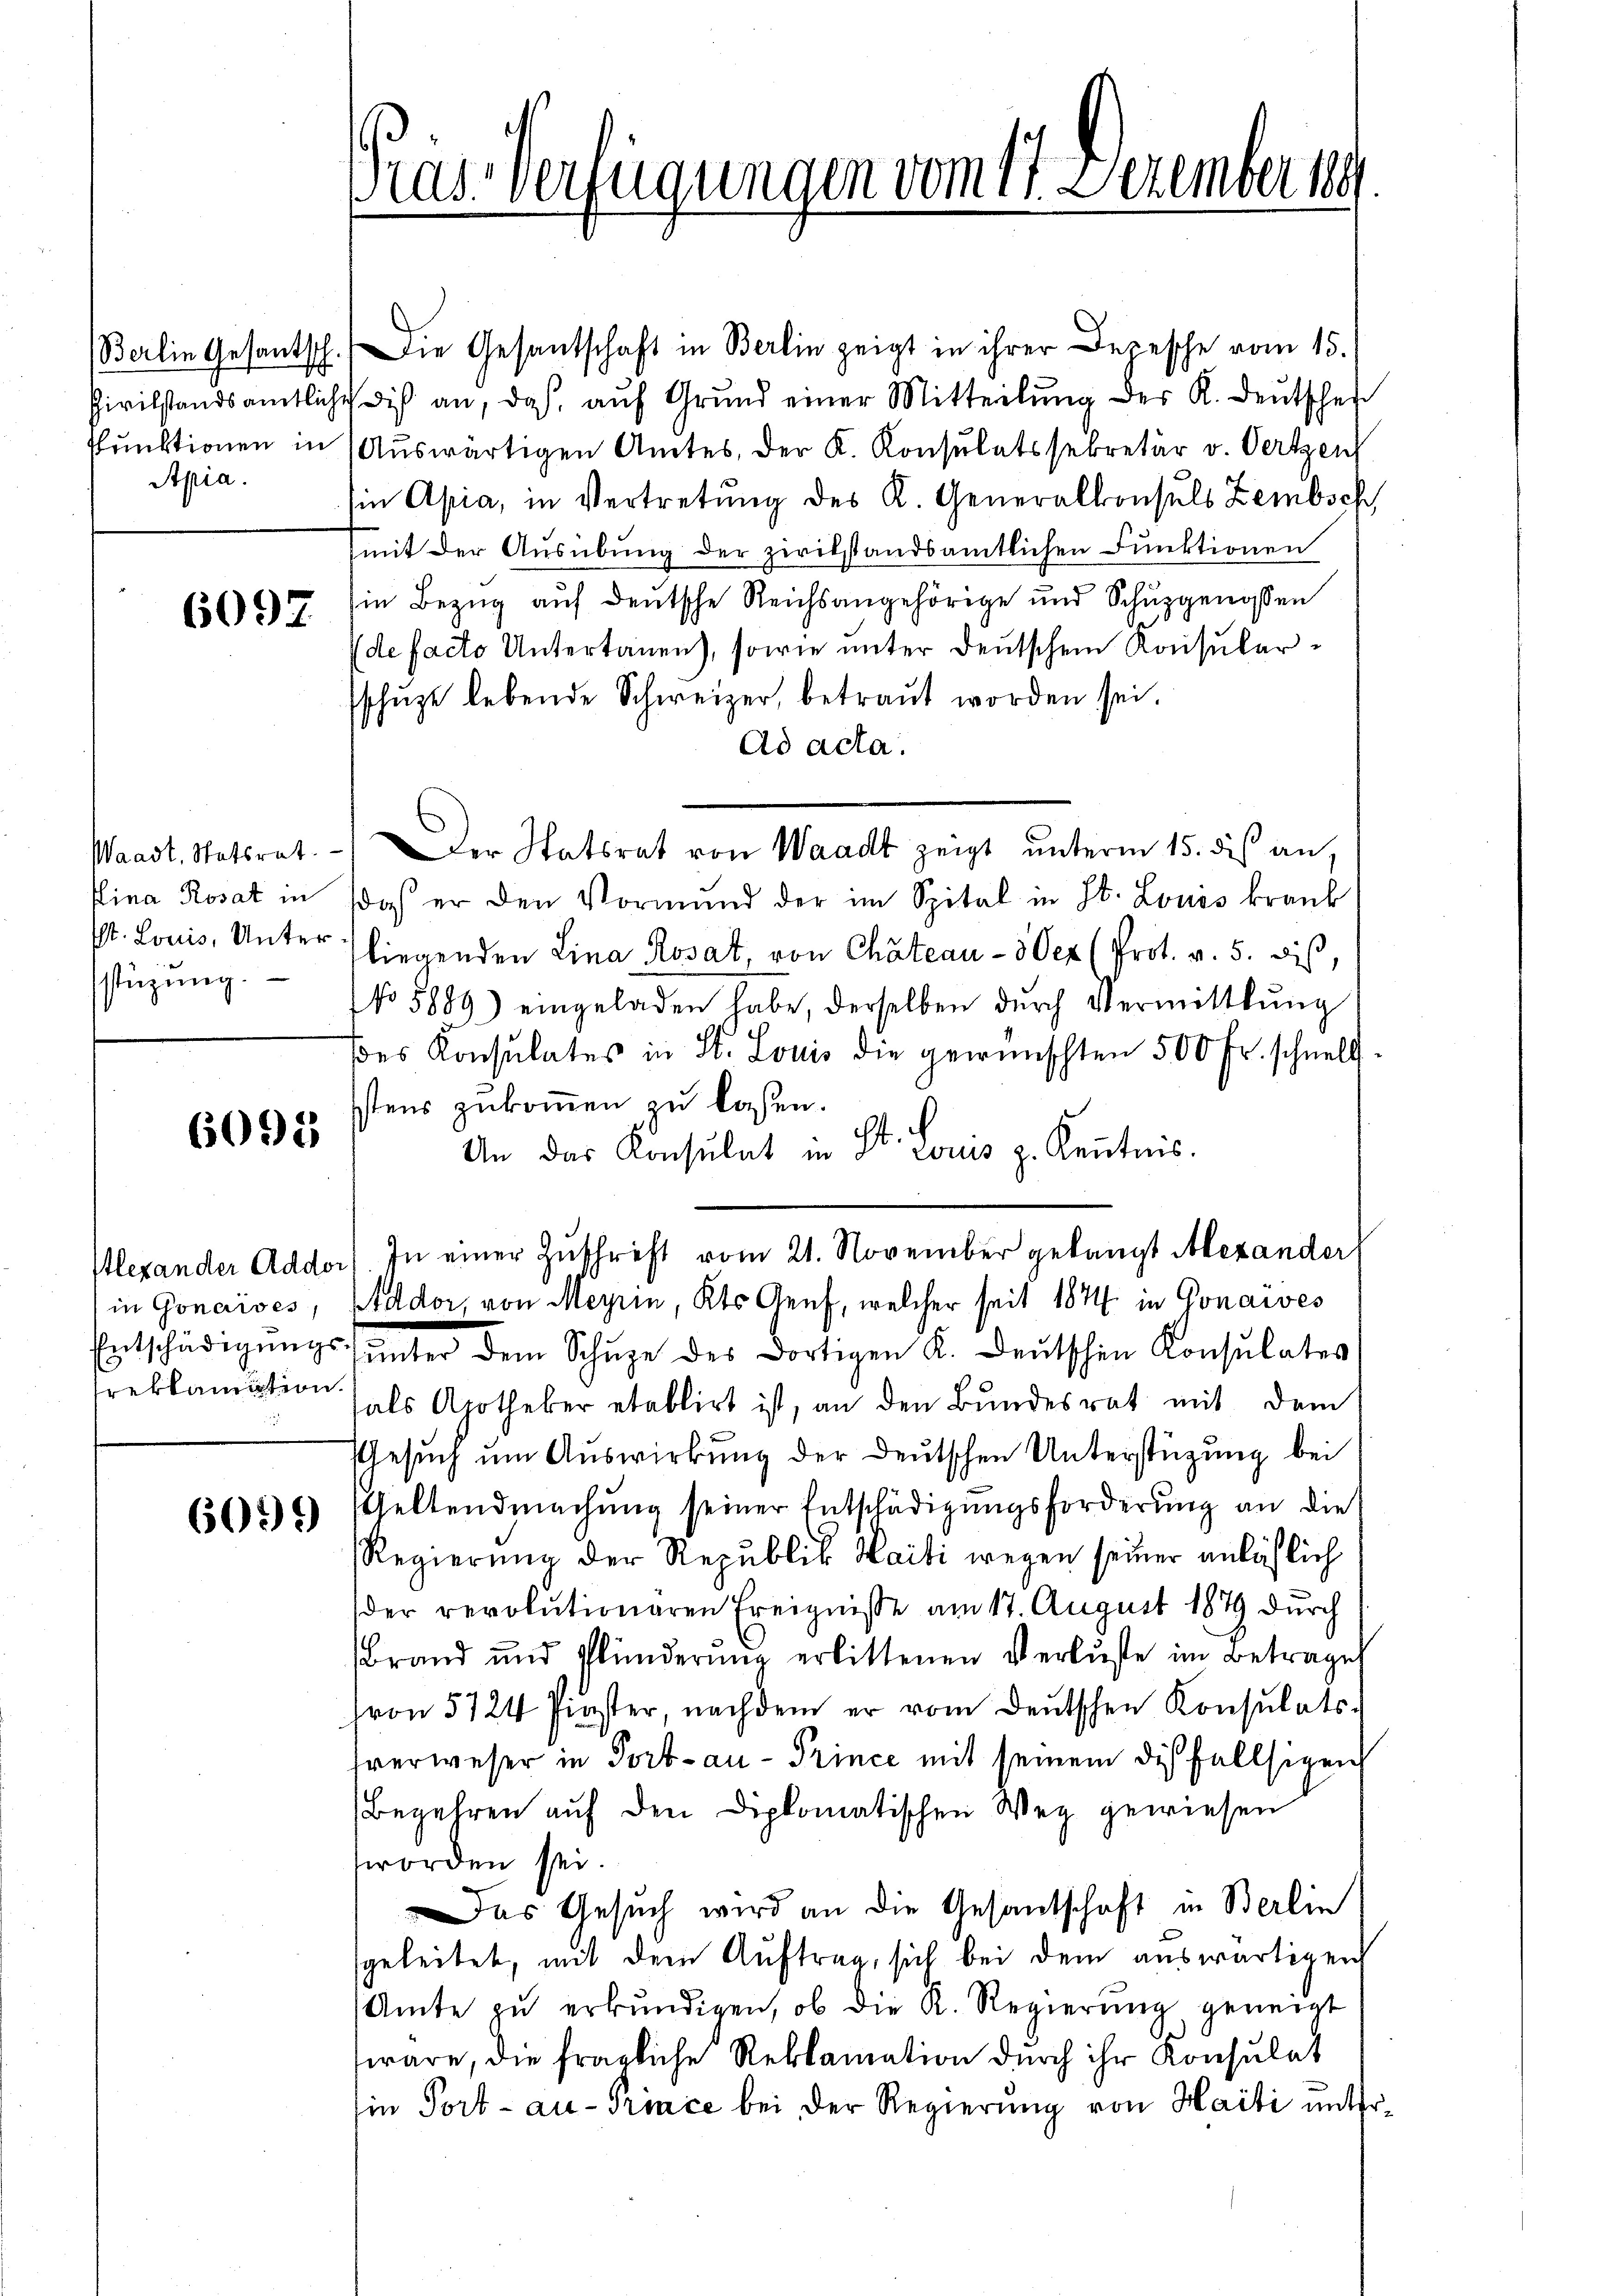
Apia.

6097

stüzung.

6093

Berlin Gesantsch. Die Gesantschaft in Berlin zeigt in ihrer Depesche vom 15.
Pivilstandsamtliche dis an, das aŭf Grŭnd einer Mitteilŭng der K. Deutschei
Pŭnktionen in Aŭswärtigen Amtes, der K. Konsulatssekretär v. Oertzen
Ein Apia, in Vertretung des K. Generalkonsuls Zembsch
(mit der Ausübung der zivilstandsamtlichen Funktionen
in Bezŭg aŭf deutsche Reichsangehörige und Schŭzgenossen
defacto Untertanen), sowie unter deutschen Konsularsschüzt lebende Schweizer, betraŭt worden sei.
Ad acta.
Waadt. Statsrat. - Der Statsrat von Waadt zeigt unterm 15. dis an,
Pina Rosat in das er den Vormŭnd der im Spital in St. Louis krank
st. Louis, Unter liegenden Lina Rosat, von Chateau - 3 Oer (Prot. v. 5. dis,
No 5889) eingeladen habe, derselben durch Vermittlung
des Konsulates in St. Louis die gewünschten 500 Fr. schnell.
stens zukommen zu lassen.
ch
An das Konsulat in St. Locus z. Kenntnis.
Alexander Addor) In einer Zuschrift vom 21. November gelangt Alexander
in Gonaises, Aador, von Meyrin, Kts. Genf, welcher seit 1874 in Gonaives
Entschädigŭngsŭnter dem Schŭze des dortigen K. Deutschen Konsulates,
als Apotheker etablirt ist, an den Bundesrat mit dem
Gesuch um Auswirkung der deutschen Unterstützung bei
Geltendmachung seiner Entschädigungsforderung an die
Regierung der Republik Haidi wegen seiner anläßlich
der revolutionaren Ereignisse am 17. August 187 durch
Brand und Plünderŭng erlittenen Verluste im Betrages
(von 5724 Pinster, nachdem er vom deŭtschen Konsulats-
tverweser in Portau - Prince mit seinem dies fallsigen
Begehren auf den Diplomatischen Weg gewiesen
worden sei.
Das Gesuch wird an die Gesantschaft in Berlin
sgeleitet, mit dem Auftrag, sich bei dem auswärtigen
Amte zŭ erkŭndigen, ob die K. Regierŭng geneigt
wäre, die fragliche Reklamation durch ihr Konsulat
Ein Port-au-Prince bei der Regierung von Haiti mit

reklamation.

6099

ras Verfügungen vom 17. Dezember 19